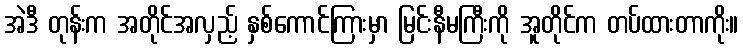
အဲဒီ တုန်းက အတိုင်အလှည့် နှစ်ကောင်ကြားမှာ မြင်းနီမကြီးကို အူတိုင်က တပ်ထားတာကိုး။